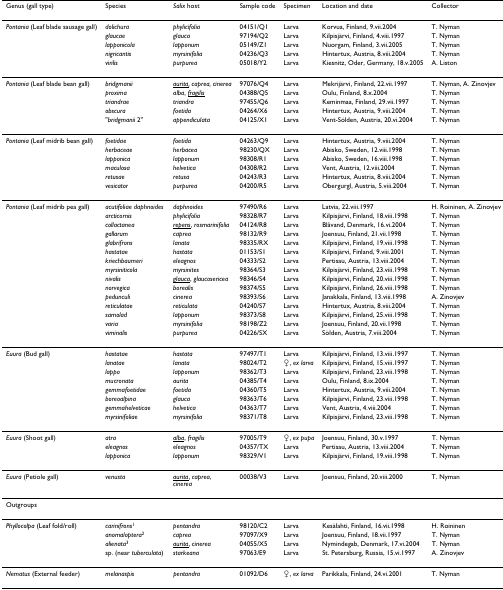
<table><thead><tr><td><b>Genus (gall type)</b></td><td><b>Species</b></td><td><b><i>Salix </i>host</b></td><td><b>Sample code</b></td><td><b>Specimen</b></td><td><b>Location and date</b></td><td><b>Collector</b></td></tr></thead><tbody><tr><td><i>Pontania </i>(Leaf blade sausage gall)</td><td><i>dolichura</i></td><td><i>phylicifolia</i></td><td>04151/Q1</td><td>Larva</td><td>Korvua, Finland, 9.vii.2004</td><td>T. Nyman</td></tr><tr><td></td><td><i>glaucae</i></td><td><i>glauca</i></td><td>97194/Q2</td><td>Larva</td><td>Kilpisjärvi, Finland, 4.viii.1997</td><td>T. Nyman</td></tr><tr><td></td><td><i>lapponicola</i></td><td><i>lapponum</i></td><td>05149/Z1</td><td>Larva</td><td>Nuorgam, Finland, 3.vii.2005</td><td>T. Nyman</td></tr><tr><td></td><td><i>nigricantis</i></td><td><i>myrsinifolia</i></td><td>04236/Q3</td><td>Larva</td><td>Hintertux, Austria, 8.viii.2004</td><td>T. Nyman</td></tr><tr><td></td><td><i>virilis</i></td><td><i>purpurea</i></td><td>05018/Y2</td><td>Larva</td><td>Kiesnitz, Oder, Germany, 18.v.2005</td><td>A. Liston</td></tr><tr><td><i>Pontania </i>(Leaf blade bean gall)</td><td><i>bridgmanii</i></td><td><i><underline>aurita</underline>, caprea, cinerea</i></td><td>97076/Q4</td><td>Larva</td><td>Mekrijärvi, Finland, 22.vii.1997</td><td>T. Nyman, A. Zinovjev</td></tr><tr><td></td><td><i>proxima</i></td><td><i>alba</i>, <i><underline>fragilis</underline></i></td><td>04388/Q5</td><td>Larva</td><td>Oulu, Finland, 8.x.2004</td><td>T. Nyman</td></tr><tr><td></td><td><i>triandrae</i></td><td><i>triandra</i></td><td>97455/Q6</td><td>Larva</td><td>Keminmaa, Finland, 29.vii.1997</td><td>T. Nyman</td></tr><tr><td></td><td><i>obscura</i></td><td><i>foetida</i></td><td>04264/X6</td><td>Larva</td><td>Hintertux, Austria, 9.viii.2004</td><td>T. Nyman</td></tr><tr><td></td><td>&quot;<i>bridgmanii </i>2&quot;</td><td><i>appendiculata</i></td><td>04125/X1</td><td>Larva</td><td>Vent-Sölden, Austria, 20.vi.2004</td><td>T. Nyman</td></tr><tr><td><i>Pontania </i>(Leaf midrib bean gall)</td><td><i>foetidae</i></td><td><i>foetida</i></td><td>04263/Q9</td><td>Larva</td><td>Hintertux, Austria, 9.viii.2004</td><td>T. Nyman</td></tr><tr><td></td><td><i>herbaceae</i></td><td><i>herbacea</i></td><td>98230/QX</td><td>Larva</td><td>Abisko, Sweden, 12.viii.1998</td><td>T. Nyman</td></tr><tr><td></td><td><i>lapponica</i></td><td><i>lapponum</i></td><td>98308/R1</td><td>Larva</td><td>Abisko, Sweden, 16.viii.1998</td><td>T. Nyman</td></tr><tr><td></td><td><i>maculosa</i></td><td><i>helvetica</i></td><td>04308/R2</td><td>Larva</td><td>Vent, Austria, 12.viii.2004</td><td>T. Nyman</td></tr><tr><td></td><td><i>retusae</i></td><td><i>retusa</i></td><td>04243/R3</td><td>Larva</td><td>Hintertux, Austria, 8.viii.2004</td><td>T. Nyman</td></tr><tr><td></td><td><i>vesicator</i></td><td><i>purpurea</i></td><td>04200/R5</td><td>Larva</td><td>Obergurgl, Austria, 5.viii.2004</td><td>T. Nyman</td></tr><tr><td><i>Pontania </i>(Leaf midrib pea gall)</td><td><i>acutifoliae daphnoides</i></td><td><i>daphnoides</i></td><td>97490/R6</td><td>Larva</td><td>Latvia, 22.viii.1997</td><td>H. Roininen, A. Zinovjev</td></tr><tr><td></td><td><i>arcticornis</i></td><td><i>phylicifolia</i></td><td>98328/R7</td><td>Larva</td><td>Kilpisjärvi, Finland, 18.viii.1998</td><td>T. Nyman</td></tr><tr><td></td><td><i>collactanea</i></td><td><i><underline>repens</underline></i>, <i>rosmarinifolia</i></td><td>04124/R8</td><td>Larva</td><td>Blåvand, Denmark, 16.vi.2004</td><td>T. Nyman</td></tr><tr><td></td><td><i>gallarum</i></td><td><i>caprea</i></td><td>98132/R9</td><td>Larva</td><td>Joensuu, Finland, 21.vii.1998</td><td>T. Nyman</td></tr><tr><td></td><td><i>glabrifrons</i></td><td><i>lanata</i></td><td>98335/RX</td><td>Larva</td><td>Kilpisjärvi, Finland, 19.viii.1998</td><td>T. Nyman</td></tr><tr><td></td><td><i>hastatae</i></td><td><i>hastata</i></td><td>01153/S1</td><td>Larva</td><td>Kilpisjärvi, Finland, 9.viii.2001</td><td>T. Nyman</td></tr><tr><td></td><td><i>kriechbaumeri</i></td><td><i>eleagnos</i></td><td>04333/S2</td><td>Larva</td><td>Pertisau, Austria, 13.viii.2004</td><td>T. Nyman</td></tr><tr><td></td><td><i>myrsiniticola</i></td><td><i>myrsinites</i></td><td>98364/S3</td><td>Larva</td><td>Kilpisjärvi, Finland, 23.viii.1998</td><td>T. Nyman</td></tr><tr><td></td><td><i>nivalis</i></td><td><i><underline>glauca</underline></i>, <i>glaucosericea</i></td><td>98346/S4</td><td>Larva</td><td>Kilpisjärvi, Finland, 20.viii.1998</td><td>T. Nyman</td></tr><tr><td></td><td><i>norvegica</i></td><td><i>borealis</i></td><td>98374/S5</td><td>Larva</td><td>Kilpisjärvi, Finland, 26.viii.1998</td><td>T. Nyman</td></tr><tr><td></td><td><i>pedunculi</i></td><td><i>cinerea</i></td><td>98393/S6</td><td>Larva</td><td>Janakkala, Finland, 13.viii.1998</td><td>A. Zinovjev</td></tr><tr><td></td><td><i>reticulatae</i></td><td><i>reticulata</i></td><td>04240/S7</td><td>Larva</td><td>Hintertux, Austria, 8.viii.2004</td><td>T. Nyman</td></tr><tr><td></td><td><i>samolad</i></td><td><i>lapponum</i></td><td>98373/S8</td><td>Larva</td><td>Kilpisjärvi, Finland, 25.viii.1998</td><td>T. Nyman</td></tr><tr><td></td><td><i>varia</i></td><td><i>myrsinifolia</i></td><td>98198/Z2</td><td>Larva</td><td>Joensuu, Finland, 20.vii.1998</td><td>T. Nyman</td></tr><tr><td></td><td><i>viminalis</i></td><td><i>purpurea</i></td><td>04226/SX</td><td>Larva</td><td>Sölden, Austria, 7.viii.2004</td><td>T. Nyman</td></tr><tr><td><i>Euura </i>(Bud gall)</td><td><i>hastatae</i></td><td><i>hastata</i></td><td>97497/T1</td><td>Larva</td><td>Kilpisjärvi, Finland, 13.viii.1997</td><td>T. Nyman</td></tr><tr><td></td><td><i>lanatae</i></td><td><i>lanata</i></td><td>98024/T2</td><td>♀, <i>ex larva</i></td><td>Kilpisjärvi, Finland, 15.viii.1997</td><td>T. Nyman</td></tr><tr><td></td><td><i>lappo</i></td><td><i>lapponum</i></td><td>98362/T3</td><td>Larva</td><td>Kilpisjärvi, Finland, 23.viii.1998</td><td>T. Nyman</td></tr><tr><td></td><td><i>mucronata</i></td><td><i>aurita</i></td><td>04385/T4</td><td>Larva</td><td>Oulu, Finland, 8.ix.2004</td><td>T. Nyman</td></tr><tr><td></td><td><i>gemmafoetidae</i></td><td><i>foetida</i></td><td>04360/T5</td><td>Larva</td><td>Hintertux, Austria, 9.viii.2004</td><td>T. Nyman</td></tr><tr><td></td><td><i>boreoalpina</i></td><td><i>glauca</i></td><td>98363/T6</td><td>Larva</td><td>Kilpisjärvi, Finland, 23.viii.1998</td><td>T. Nyman</td></tr><tr><td></td><td><i>gemmahelveticae</i></td><td><i>helvetica</i></td><td>04363/T7</td><td>Larva</td><td>Vent, Austria, 4.viii.2004</td><td>T. Nyman</td></tr><tr><td></td><td><i>myrsinifoliae</i></td><td><i>myrsinifolia</i></td><td>98371/T8</td><td>Larva</td><td>Kilpisjärvi, Finland, 23.viii.1998</td><td>T. Nyman</td></tr><tr><td><i>Euura </i>(Shoot gall)</td><td><i>atra</i></td><td><i><underline>alba</underline></i>, <i>fragilis</i></td><td>97005/T9</td><td>♀, <i>ex pupa</i></td><td>Joensuu, Finland, 30.v.1997</td><td>T. Nyman</td></tr><tr><td></td><td><i>eleagnos</i></td><td><i>eleagnos</i></td><td>04357/TX</td><td>Larva</td><td>Pertisau, Austria, 13.viii.2004</td><td>T. Nyman</td></tr><tr><td></td><td><i>lapponica</i></td><td><i>lapponum</i></td><td>98329/V1</td><td>Larva</td><td>Kilpisjärvi, Finland, 19.viii.1998</td><td>T. Nyman</td></tr><tr><td><i>Euura </i>(Petiole gall)</td><td><i>venusta</i></td><td><i><underline>aurita</underline></i>, <i>caprea</i>, <i>cinerea</i></td><td>00038/V3</td><td>Larva</td><td>Joensuu, Finland, 20.viii.2000</td><td>T. Nyman</td></tr><tr><td>Outgroups</td><td></td><td></td><td></td><td></td><td></td><td></td></tr><tr><td><i>Phyllocolpa </i>(Leaf fold/roll)</td><td><i>carinifrons</i><sup>1</sup></td><td><i>pentandra</i></td><td>98120/C2</td><td>Larva</td><td>Kesälahti, Finland, 16.vii.1998</td><td>H. Roininen</td></tr><tr><td></td><td><i>anomaloptera</i><sup>2</sup></td><td><i>caprea</i></td><td>97097/X9</td><td>Larva</td><td>Joensuu, Finland, 18.vii.1997</td><td>T. Nyman</td></tr><tr><td></td><td><i>alienata</i><sup>3</sup></td><td><i><underline>aurita</underline></i>, <i>cinerea</i></td><td>04055/X5</td><td>Larva</td><td>Nymindegab, Denmark, 17.vi.2004</td><td>T. Nyman</td></tr><tr><td></td><td>sp. (near <i>tuberculata</i>)</td><td><i>starkeana</i></td><td>97063/E9</td><td>Larva</td><td>St. Petersburg, Russia, 15.vi.1997</td><td>A. Zinovjev</td></tr><tr><td><i>Nematus </i>(External feeder)</td><td><i>melanaspis</i></td><td><i>pentandra</i></td><td>01092/D6</td><td>♀, <i>ex larva</i></td><td>Parikkala, Finland, 24.vi.2001</td><td>T. Nyman</td></tr></tbody></table>